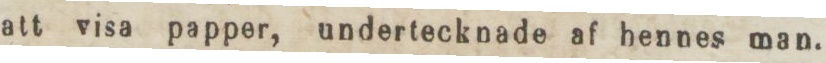
att visa papper, undertecknade af hennes man.